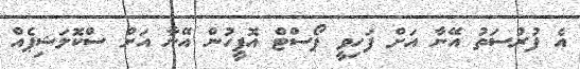
އެ ފުރުސަތު އޭނާ އަށް ފަހިވީ ޕޯސްޓް އޮފީހުން އޭނާ އަށް ސްކޮލަޝިޕެއް